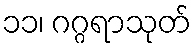
၁၁၊ ဂဂ္ဂရာသုတ်